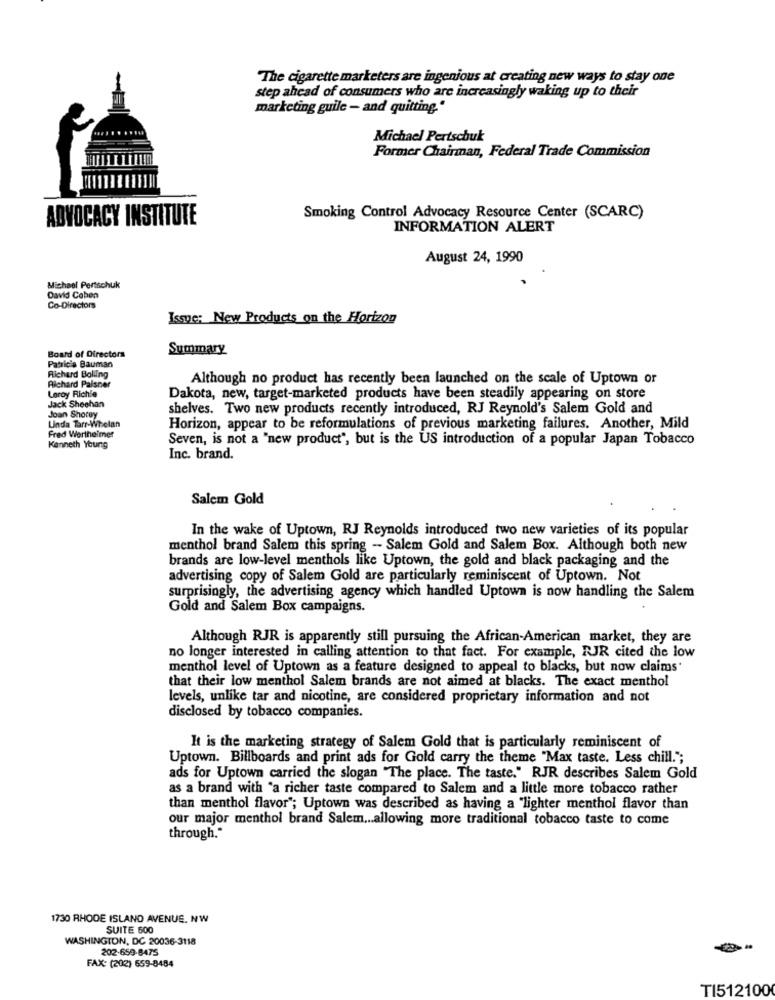
The cigarette marketers are ingenious at creating new ways to stay one
step ahead of consumers who are increasingly waking up to their
marketing guile - and quitting."
Michael Pertschuk
Former Chairman, Federal Trade Commission
ADVOCACY INSTITUTE
Smoking Control Advocacy Resource Center (SCARC)
INFORMATION ALERT
August 24, 1990
Michael Pertschuk
David Coben
Co-Directors
Issue: New Products on the Horizon
Board of Directors
Summary
Patricia Bauman
Richard Boling
Richard Palsner
Although no product has recently been launched on the scale of Uptown or
Leroy Richie
Dakota, new, target-marketed products have been steadily appearing on store
Jack Sheehan
shelves. Two new products recently introduced, RJ Reynold's Salem Gold and
Joan Shorey
Unda Tarr-Whelan
Horizon, appear to be reformulations of previous marketing failures. Another, Mild
Fred Wertheimer
Seven, is not a "new product", but is the US introduction of a popular Japan Tobacco
Kenneth Young
Inc. brand.
Salem Gold
In the wake of Uptown, RJ Reynolds introduced two new varieties of its popular
menthol brand Salem this spring - Salem Gold and Salem Box. Although both new
brands are low-level menthols like Uptown, the gold and black packaging and the
advertising copy of Salem Gold are particularly reminiscent of Uptown. Not
surprisingly, the advertising agency which handled Uptown is now handling the Salem
Gold and Salem Box campaigns.
Although RJR is apparently still pursuing the African-American market, they are
no longer interested in calling attention to that fact. For example, RJR cited the low
menthol level of Uptown as a feature designed to appeal to blacks, but now claims'
that their low menthol Salem brands are not aimed at blacks. The exact menthol
levels, unlike tar and nicotine, are considered proprietary information and not
disclosed by tobacco companies.
It is the marketing strategy of Salem Gold that is particularly reminiscent of
Uptown. Billboards and print ads for Gold carry the theme "Max taste. Less chill.";
ads for Uptown carried the slogan "The place. The taste." RJR describes Salem Gold
as a brand with "a richer taste compared to Salem and a little more tobacco rather
than menthol flavor"; Uptown was described as having a "lighter menthol flavor than
our major menthol brand Salem ... allowing more traditional tobacco taste to come
through."
1730 RHODE ISLAND AVENUE. NW
SUITE 600
WASHINGTON, DC 20036-3118
202-659-8475
FAX: (202) 659-8484
TI512100